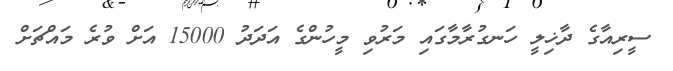
ސީރިއާގެ ދާޚިލީ ހަނގުރާމާގައި މަރުވި މީހުންގެ އަދަދު 15000 އަށް ވުރެ މައްޗަށް